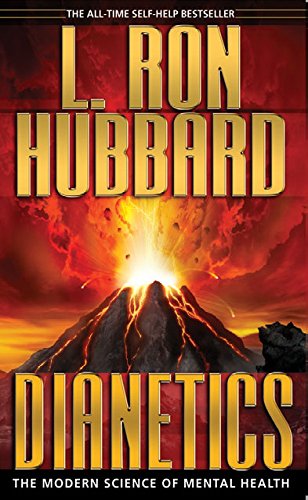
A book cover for Dianetics: The Modern Science Of Mental Health  (English); L. Ron Hubbard; Religion & Spirituality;